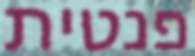
פנטית